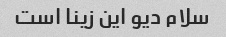
سلام دیو این زینا است